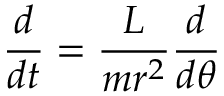
{ \frac { d } { d t } } = { \frac { L } { m r ^ { 2 } } } { \frac { d } { d \theta } }